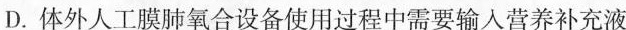
D.体外人工膜肺氧合设备使用过程中需要输入营养补充液